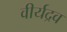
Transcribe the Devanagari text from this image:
वीर्यद्रव